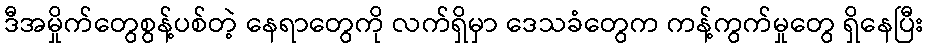
ဒီအမှိုက်တွေစွန့်ပစ်တဲ့ နေရာတွေကို လက်ရှိမှာ ဒေသခံတွေက ကန့်ကွက်မှုတွေ ရှိနေပြီး